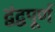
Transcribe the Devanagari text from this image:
द्वंद्वपूर्ण